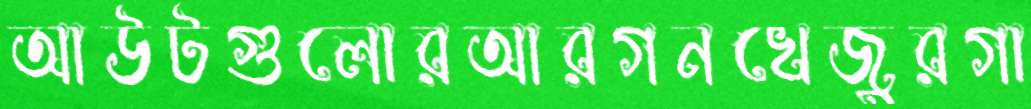
আউটগুলোরআরগনখেজুরগা